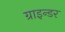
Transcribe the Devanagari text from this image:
ग्राइन्डर